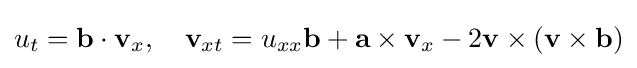
\displaystyle u_{t}=\mathbf {b} \cdot \mathbf {v} _{x},\quad \displaystyle \mathbf {v} _{xt}=u_{xx}\mathbf {b} +\mathbf {a} \times \mathbf {v} _{x}-2\mathbf {v} \times (\mathbf {v} \times \mathbf {b} )